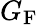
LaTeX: G_{\mathrm{F}}